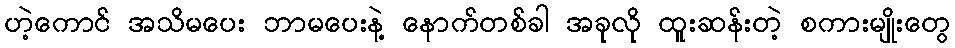
ဟဲ့ကောင် အသိမပေး ဘာမပေးနဲ့ နောက်တစ်ခါ အခုလို ထူးဆန်းတဲ့ စကားမျိုးတွေ